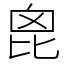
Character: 𣬉